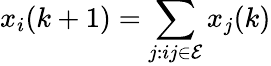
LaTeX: x_{i}(k+1)=\sum_{j:ij\in\mathcal E}x_{j}(k)